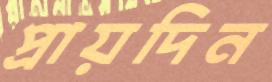
প্রায়দিন